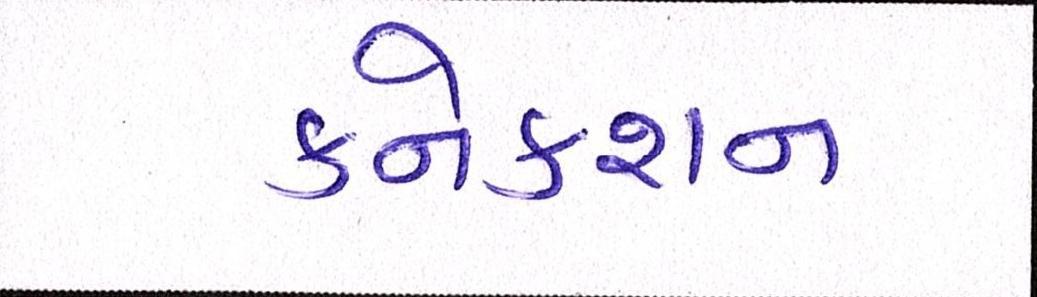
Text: કનેકશન